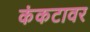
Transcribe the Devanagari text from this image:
कंकटावर